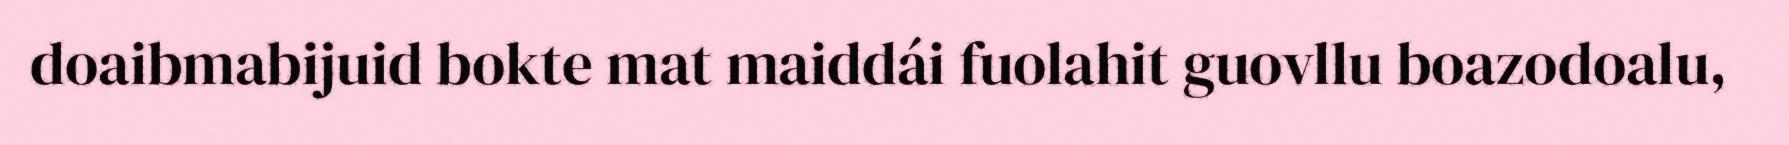
doaibmabijuid bokte mat maiddái fuolahit guovllu boazodoalu,